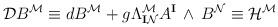
LaTeX: \begin{align*}\mathcal{D}B^\mathcal{M} \equiv dB^\mathcal{M} + g \Lambda^\mathcal{M}_{\mathbf{I}\mathcal{N}} A^\mathbf{I} \, \wedge \, B^\mathcal{N} \equiv \mathcal{H}^\mathcal{M}\end{align*}